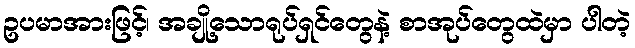
ဥပမာအားဖြင့်၊ အချို့သောရုပ်ရှင်တွေနဲ့ စာအုပ်တွေထဲမှာ ပါတဲ့